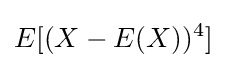
E[(X-E(X))^{4}]